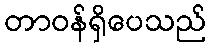
တာဝန်ရှိပေသည်